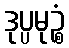
ဒုပ္ပမုဉ္စံ